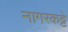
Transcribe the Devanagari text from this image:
नागरकट्टे